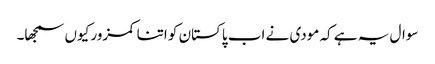
سوال یہ ہے کہ مودی نے اب پاکستان کو اتنا کمزور کیوں سمجھا۔